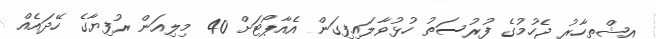
އިޝްތިހާރު ޖެހުމުގެ ފުރުސަތު ހުޅުވާލައިފިގަން އެއާޕޯޓަށް 40 މިލިއަން ރުފިޔާގެ ހޭދައެއް